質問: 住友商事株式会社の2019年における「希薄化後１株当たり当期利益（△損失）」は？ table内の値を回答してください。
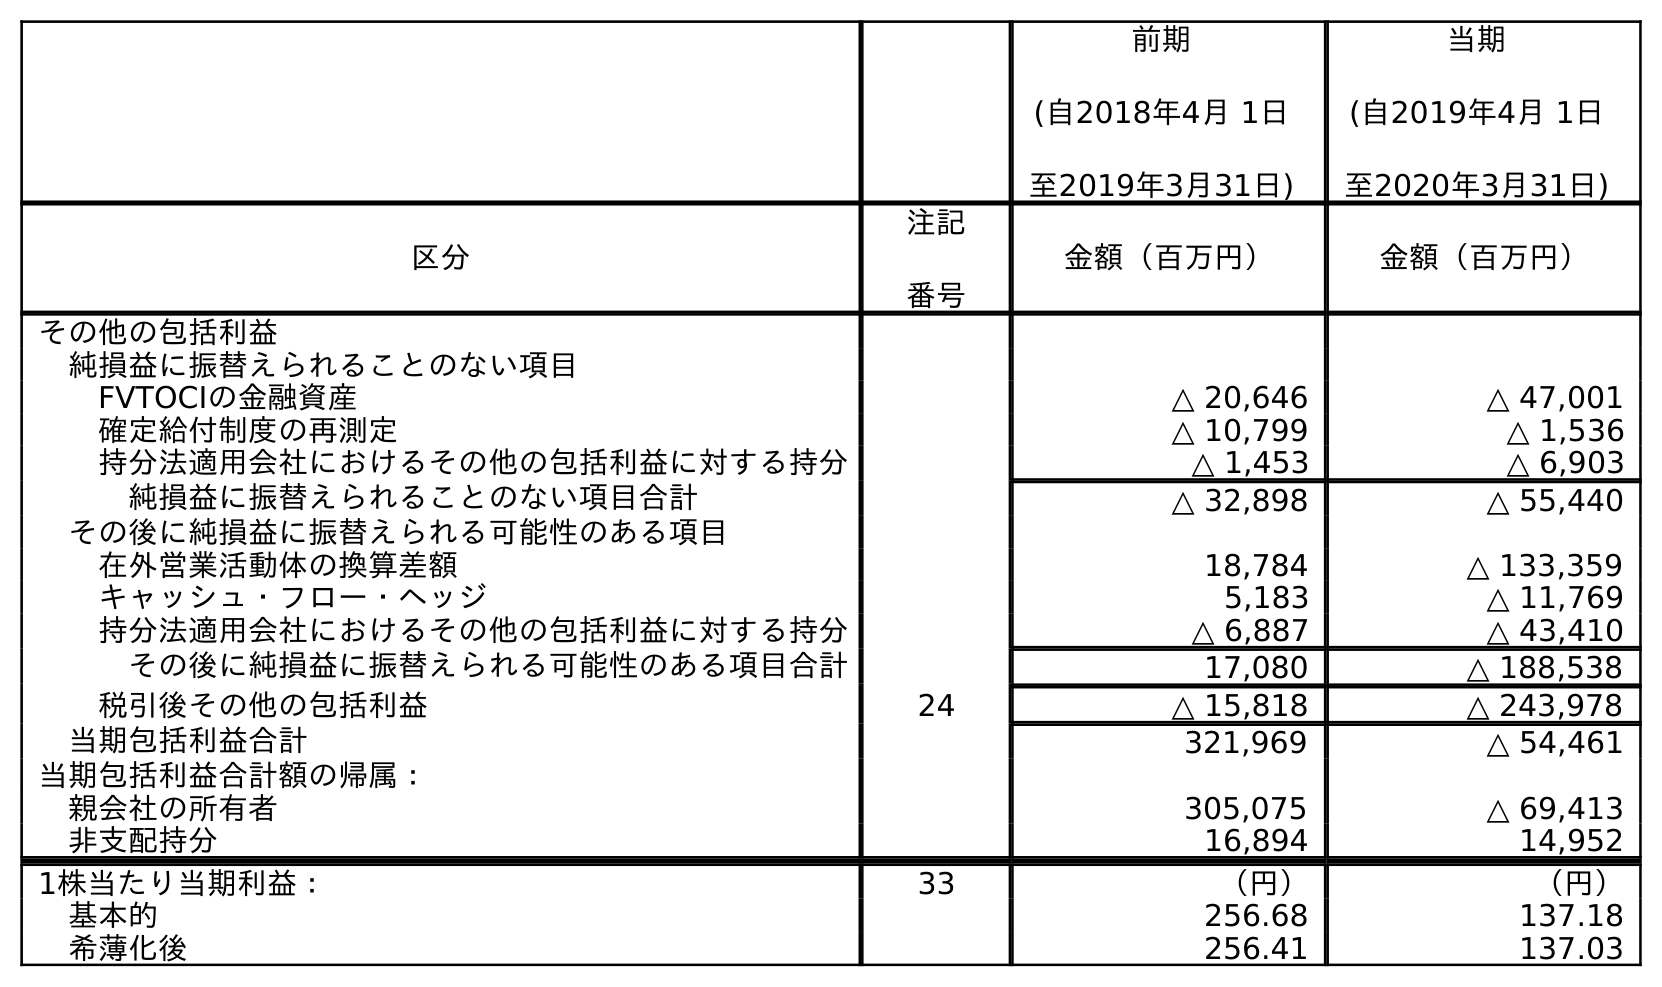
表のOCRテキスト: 前期 (自2018年4月 1日 至2019年3月31日) 当期 (自2019年4月 1日 至2020年3月31日) 区分 注記 番号 金額（百万円） 金額（百万円） その他の包括利益 純損益に振替えられることのない項目 FVTOCIの金融資産 △ 20,646 △ 47,001 確定給付制度の再測定 △ 10,799 △ 1,536 持分法適用会社におけるその他の包括利益に対する持分 △ 1,453 △ 6,903 純損益に振替えられることのない項目合計 △ 32,898 △ 55,440 その後に純損益に振替えられる可能性のある項目 在外営業活動体の換算差額 18,784 △ 133,359 キャッシュ・フロー・ヘッジ 5,183 △ 11,769 持分法適用会社におけるその他の包括利益に対する持分 △ 6,887 △ 43,410 その後に純損益に振替えられる可能性のある項目合計 17,080 △ 188,538 税引後その他の包括利益 24 △ 15,818 △ 243,978 当期包括利益合計 321,969 △ 54,461 当期包括利益合計額の帰属： 親会社の所有者 305,075 △ 69,413 非支配持分 16,894 14,952 1株当たり当期利益： 33 （円） （円） 基本的 256.68 137.18 希薄化後 256.41 137.03
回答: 256.41